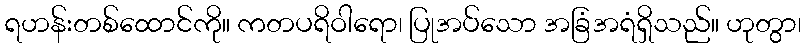
ရဟန်းတစ်ထောင်ကို။ ကတပရိဝါရော၊ ပြုအပ်သော အခြံအရံရှိသည်။ ဟုတွာ၊